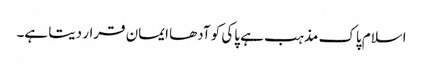
اسلام پاک مذہب ہے پاکی کو آدھا ایمان قرار دیتا ہے۔